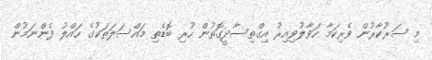
މި ސަރުކާރުން ވެރިކަމާ ހަވާލުވިއިރު އިގްތިސާދީގޮތުން ހުރި ބޮޑެތި މައްސަލަތަކުގެ ހައްލު ފެންނަމުން